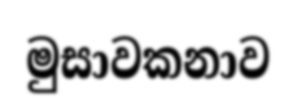
මුසාවකනාව